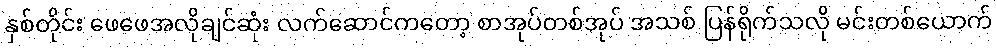
နှစ်တိုင်း ဖေဖေအလိုချင်ဆုံး လက်ဆောင်ကတော့ စာအုပ်တစ်အုပ် အသစ် ပြန်ရိုက်သလို မင်းတစ်ယောက်